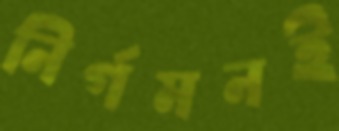
নির্গমনই